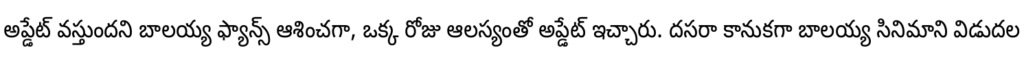
అప్డేట్ వస్తుందని బాలయ్య ఫ్యాన్స్ ఆశించగా, ఒక్క రోజు ఆలస్యంతో అప్డేట్ ఇచ్చారు. దసరా కానుకగా బాలయ్య సినిమాని విడుదల